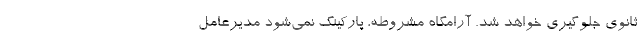
ثانوی جلوگیری خواهد شد. آرامگاه مشروطه، پارکینگ نمی‌شود مدیرعامل